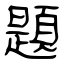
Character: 題